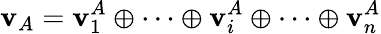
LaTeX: \mathbf{v}_{A}=\mathbf{v}_{1}^{A}\oplus\cdots\oplus\mathbf{v}_{i}^{A}\oplus\cdots\oplus\mathbf{v}_{n}^{A}